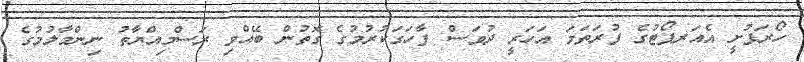
ހޯރަފުށީ އެއަރޕޯޓުގެ ފުރަތަމަ އަހަރީ ދުވަސް ފާހަގަކުރުމުގެ ގޮތުން ބޭއްވި ރަސްމިއްޔާތު ނިންމާލުމުގެ